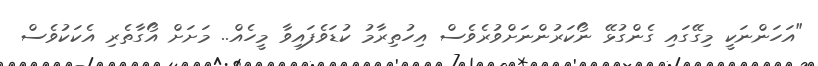
"އަހަންނަކީ މިގޭގައި ގެންގުޅޭ ނޯކަރުންނަށްވުރެވެސް އިހުތިރާމު ކުޑަވެފައިވާ މީހެއް.. މަށަށް އޯގާތެރި އެކަކުވެސް